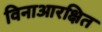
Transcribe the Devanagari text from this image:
विनाआरक्षित